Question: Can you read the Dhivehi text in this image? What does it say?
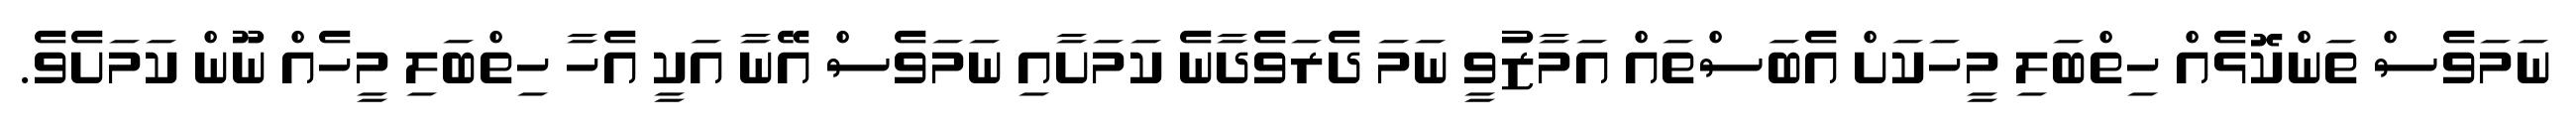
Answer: ނަމަވެސް ތަންކޮޅެއް ހިތްބަލި މީހަކަށް އެބަސްތައް އަމާޒުވީ ނަމަ ދެރަވެދާނެ ކަމަށާއި ނަމަވެސް އޭނާ އަކީ އެހާ ހިތްބަލި މީހެއް ނޫން ކަމަށެވެ.